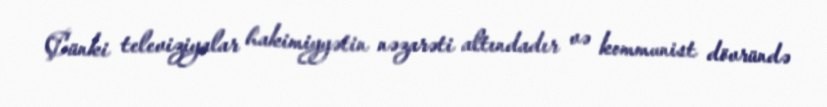
Çünki televiziyalar hakimiyyətin nəzarəti altındadır və kommunist dövründə